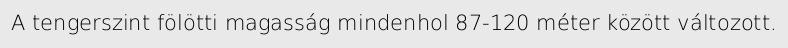
A tengerszint fölötti magasság mindenhol 87-120 méter között változott.